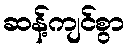
ဆန့်ကျင်စွာ